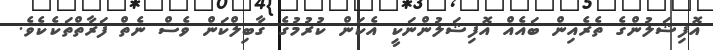
އޮފިޝަލުންގެ ތެރެއިން ބައެއް އޮފިޝަލުންނަކީ އެކަން ކުރުމުގެ ގާބިލްކަން ވެސް ނެތް ފަރާތްތަކެކެވެ.